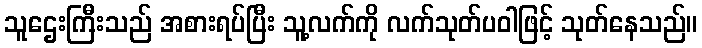
သူဌေးကြီးသည် အစားရပ်ပြီး သူ့လက်ကို လက်သုတ်ပဝါဖြင့် သုတ်နေသည်။